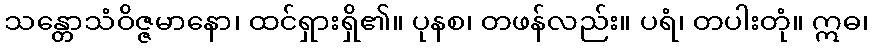
သန္တောသံဝိဇ္ဇမာနော၊ ထင်ရှားရှိ၏။ ပုနစ၊ တဖန်လည်း။ ပရံ၊ တပါးတုံ။ ဣဓ၊